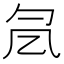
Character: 𠘷